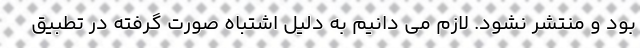
بود و منتشر نشود. لازم می دانیم به دلیل اشتباه صورت گرفته در تطبیق